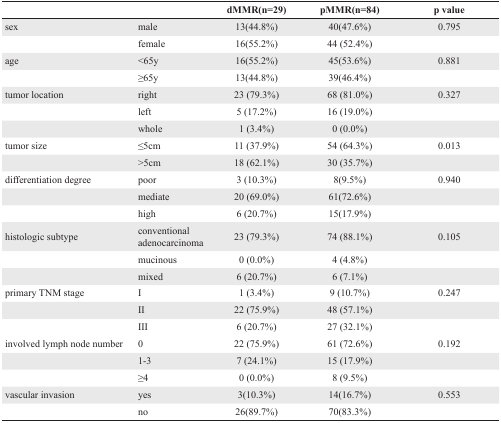
|  |  | dMMR(n=29) | pMMR(n=84) | p value |
 | --- | --- | --- | --- | --- |
 | sex | male | 13(44.8%) | 40(47.6%) | 0.795 |
 |  | female | 16(55.2%) | 44 (52.4%) |  |
 | age | <65y | 16(55.2%) | 45(53.6%) | 0.881 |
 |  | ≥65y | 13(44.8%) | 39(46.4%) |  |
 | tumor location | right | 23 (79.3%) | 68 (81.0%) | 0.327 |
 |  | left | 5 (17.2%) | 16 (19.0%) |  |
 |  | whole | 1 (3.4%) | 0 (0.0%) |  |
 | tumor size | ≤5cm | 11 (37.9%) | 54 (64.3%) | 0.013 |
 |  | >5cm | 18 (62.1%) | 30 (35.7%) |  |
 | differentiation degree | poor | 3 (10.3%) | 8(9.5%) | 0.940 |
 |  | mediate | 20 (69.0%) | 61(72.6%) |  |
 |  | high | 6 (20.7%) | 15(17.9%) |  |
 | histologic subtype | conventional adenocarcinoma | 23 (79.3%) | 74 (88.1%) | 0.105 |
 |  | mucinous | 0 (0.0%) | 4 (4.8%) |  |
 |  | mixed | 6 (20.7%) | 6 (7.1%) |  |
 | primary TNM stage | I | 1 (3.4%) | 9 (10.7%) | 0.247 |
 |  | II | 22 (75.9%) | 48 (57.1%) |  |
 |  | III | 6 (20.7%) | 27 (32.1%) |  |
 | involved lymph node number | 0 | 22 (75.9%) | 61 (72.6%) | 0.192 |
 |  | 1-3 | 7 (24.1%) | 15 (17.9%) |  |
 |  | ≥4 | 0 (0.0%) | 8 (9.5%) |  |
 | vascular invasion | yes | 3(10.3%) | 14(16.7%) | 0.553 |
 |  | no | 26(89.7%) | 70(83.3%) |  |